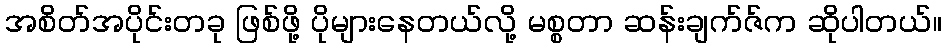
အစိတ်အပိုင်းတခု ဖြစ်ဖို့ ပိုများနေတယ်လို့ မစ္စတာ ဆန်းချက်ဇ်က ဆိုပါတယ်။